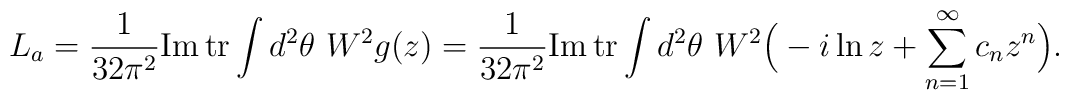
L_a = \frac{1}{32\pi^2}\mbox{Im}\,\mbox{tr}\int d^2\theta\ W^2 g(z)= \frac{1}{32\pi^2}\mbox{Im}\,\mbox{tr}\int d^2\theta\ W^2 \Big(-i\ln z+\sum\limits_{n=1}^\infty c_n z^n\Big).